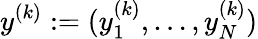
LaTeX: y^{(k)}:=(y_{1}^{(k)},\ldots,y_{N}^{(k)})